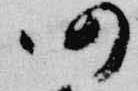
仍